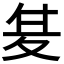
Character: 𭐣